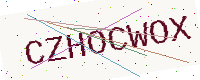
Text: CZHOCWOX